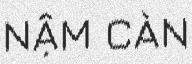
NẬM CÀN